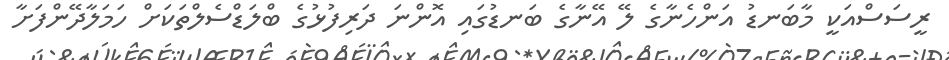
ރީސަސްއަކީ މާބަނޑު އަންހެނާގެ ލޭ އޭނާގެ ބަނޑުގައި އޮންނަ ދަރިފުޅުގެ ބްލަޑްސެލްތަކަށް ހަމަލާދޭންފަށާ